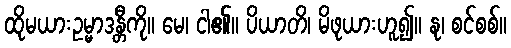
ထိုမယားဥမ္မာဒန္တီကို။ မေ၊ ငါ၏။ ပိယာတိ၊ မိဖုယားဟူ၍။ နု၊ စင်စစ်။